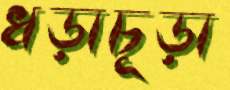
ধড়াচূড়া